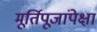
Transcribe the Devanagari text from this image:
मूर्तिपूजांपेक्षा